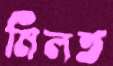
মিলত